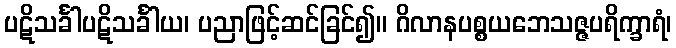
ပဋိသင်္ခါပဋိသင်္ခါယ၊ ပညာဖြင့်ဆင်ခြင်၍။ ဂိလာနပစ္စယဘေသဇ္ဇပရိက္ခာရံ၊